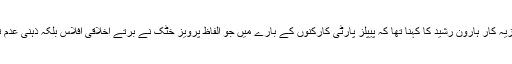
معروف صحافی و تجزیہ کار ہارون رشید کا کہنا تھا کہ پیپلز پارٹی کارکنوں کے بارے میں جو الفاظ پرویز خٹک نے برتے اخلاقی افلاس بلکہ ذہنی عدم توازن کی علامت ہیں۔